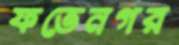
ফতেনগর